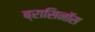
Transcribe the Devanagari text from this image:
ब्रासिनॉस